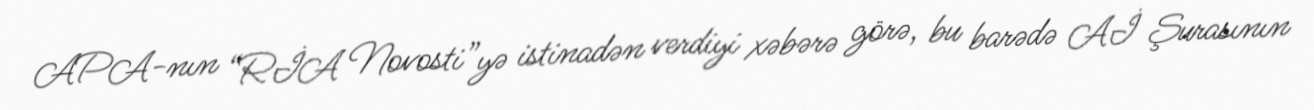
APA-nın “RİA Novosti”yə istinadən verdiyi xəbərə görə, bu barədə Aİ Şurasının